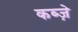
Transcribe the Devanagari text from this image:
कब्‍ज़े